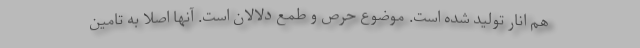
هم انار تولید شده است. موضوع حرص و طمع دلالان است. آنها اصلا به تامین